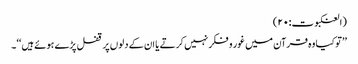
(العنکبوت:۲۰)
’’توکیا وہ قرآن میں غور و فکر نہیں کرتے یا ان کے دلوں پر قفل پڑے ہوئے ہیں‘‘۔